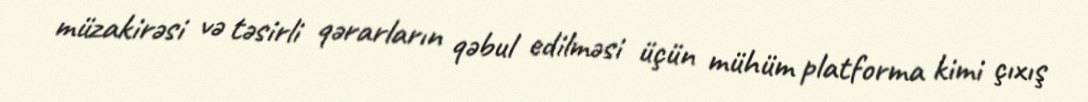
müzakirəsi və təsirli qərarların qəbul edilməsi üçün mühüm platforma kimi çıxış